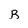
Character: B